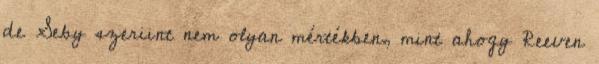
de Seby szeriint nem olyan mértékben, mint ahogy Reeven